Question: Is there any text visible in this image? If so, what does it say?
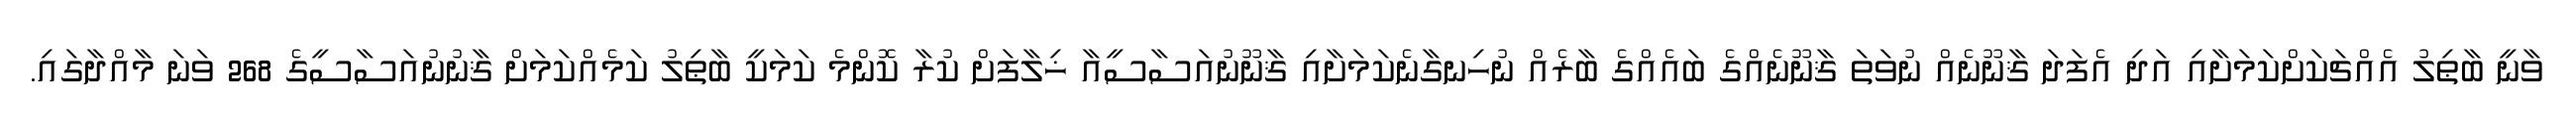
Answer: ވާނީ ބާޠިލު އެއްޗަކަށްކަމަށާއި އަދި އެފަދަ ޤާނޫނެއް ނުވަތަ ޤާނޫނެއްގެ ބައެއްގެ ބާރެއް ނުހިނގާނެކަމަށާއި ޤާނޫނުއަސާސީއާ ޚިލާފަށް ކުރާ ކޮންމެ ކަމަކީ ބާޠިލު ކަމެއްކަމަށް ޤާނުނުއަސާސީގެ 268 ވަނަ މާއްދާގައި.